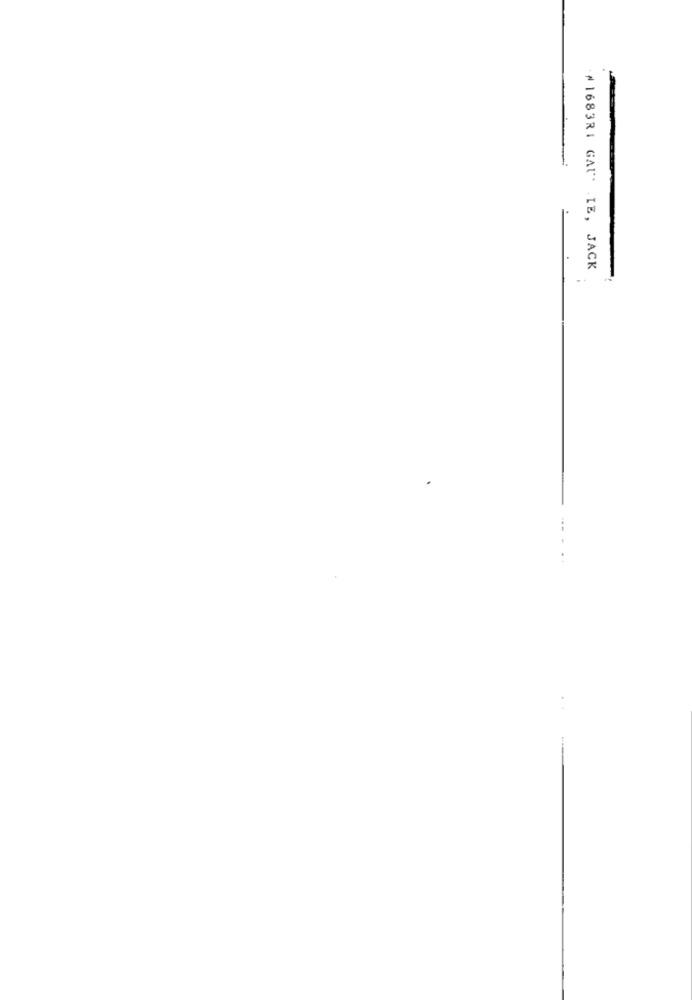
₦1683R1 GAU IE, JACK